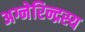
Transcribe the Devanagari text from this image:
अग्नेरिन्द्रस्य